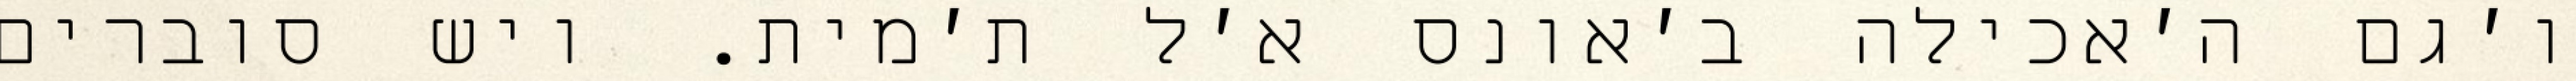
ו׳גם ה׳אכילה ב׳אונס א׳ל ת׳מית. ויש סוברים